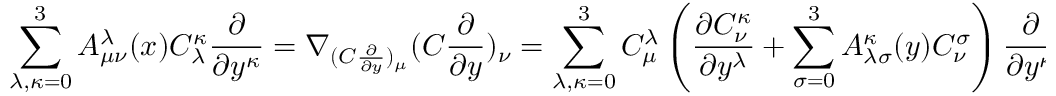
\sum _ { \lambda , \kappa = 0 } ^ { 3 } A _ { \mu \nu } ^ { \lambda } ( x ) C _ { \lambda } ^ { \kappa } \frac { \partial } { \partial y ^ { \kappa } } = \nabla _ { ( C \frac { \partial } { \partial y } ) _ { \mu } } ( C \frac { \partial } { \partial y } ) _ { \nu } = \sum _ { \lambda , \kappa = 0 } ^ { 3 } C _ { \mu } ^ { \lambda } \left( \frac { \partial C _ { \nu } ^ { \kappa } } { \partial y ^ { \lambda } } + \sum _ { \sigma = 0 } ^ { 3 } A _ { \lambda \sigma } ^ { \kappa } ( y ) C _ { \nu } ^ { \sigma } \right) \frac { \partial } { \partial y ^ { \kappa } } ,